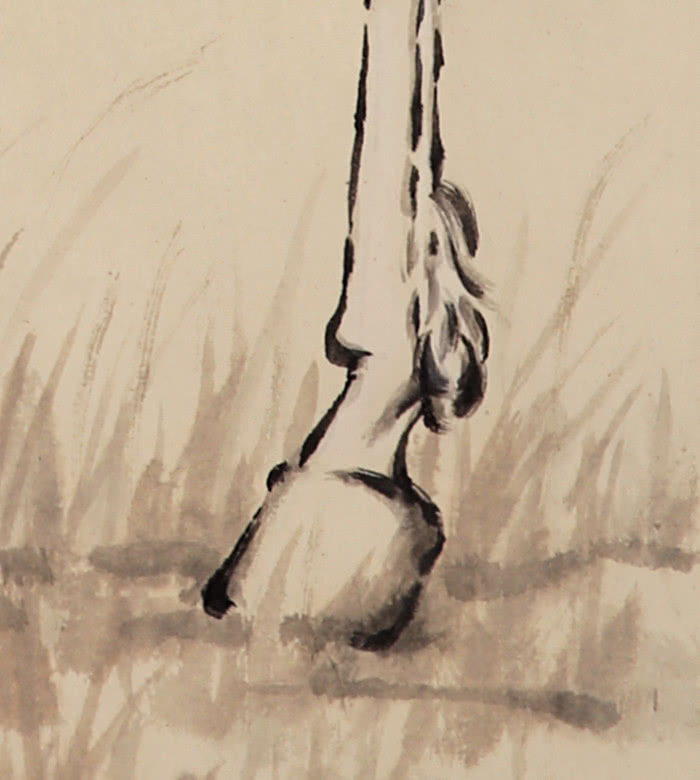
慷慨十年长剑在，登楼一笑暮山横。